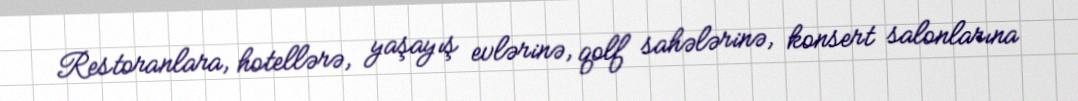
Restoranlara, hotellərə, yaşayış evlərinə, qolf sahələrinə, konsert salonlarına